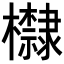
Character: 𪴛